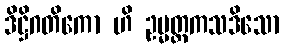
ဒိဋ္ဌိဂတိကော ဟိ ဥမ္မတ္တကသဒိသော